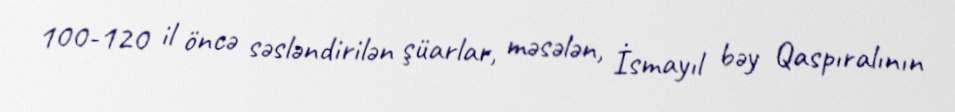
100-120 il öncə səsləndirilən şüarlar, məsələn, İsmayıl bəy Qaspıralının